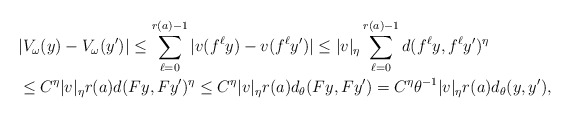
\begin{align*}& |V_\omega(y)-V_\omega(y')| \le \sum_{\ell=0}^{r(a)-1}|v(f^\ell y)-v(f^\ell y')|\le |v|_\eta\sum_{\ell=0}^{r(a)-1}d(f^\ell y,f^\ell y')^\eta\\ & \le C^\eta |v|_\eta r(a)d(Fy,Fy')^\eta\le C^\eta |v|_\eta r(a)d_\theta(Fy,Fy')= C^\eta \theta^{-1}|v|_\eta r(a)d_\theta(y,y'),\end{align*}